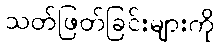
သတ်ဖြတ်ခြင်းများကို